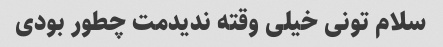
سلام تونی خیلی وقته ندیدمت چطور بودی